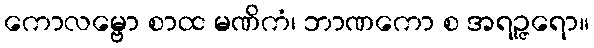
ကောလမ္ဗော စာထ မဏိကံ၊ ဘာဏကော စ အရဉ္ဇရော။